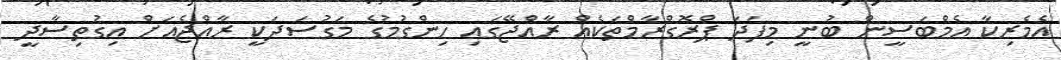
އެމެރިކާ އެމްބަސީން ބުނީ މިފަދަ ޕްރޮގްރާމްތަކެއް ރާއްޖޭގައި ހިންގުމުގެ މަގުސަދަކީ ރާއްޖެއަށް އިގުތިސާދީ